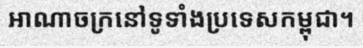
អាណាចក្រនៅទូទាំងប្រទេសកម្ពុជា។